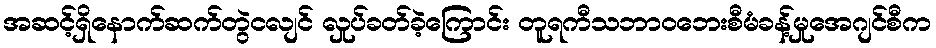
အဆင့်ရှိနောက်ဆက်တွဲငလျင် လှုပ်ခတ်ခဲ့ကြောင်း တူရကီသဘာဝဘေးစီမံခန့်မှုအေဂျင်စီက